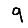
Digit: 9